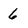
Character: 6